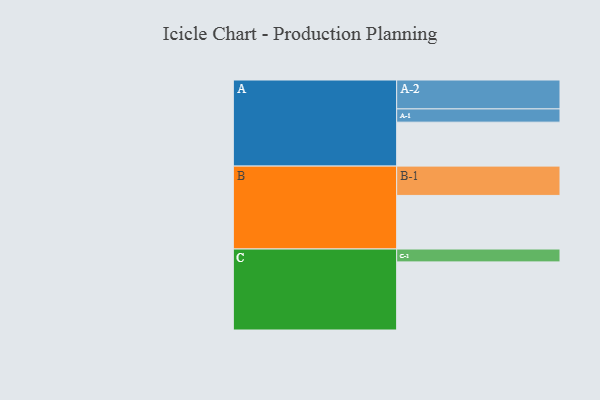
{"axis": {"x": "Segment", "y": "Value"}, "legend": ["", "A", "B", "C"], "data": [{"x": "A", "y": 342, "type": ""}, {"x": "B", "y": 417, "type": ""}, {"x": "C", "y": 530, "type": ""}, {"x": "A-1", "y": 103, "type": "A"}, {"x": "A-2", "y": 225, "type": "A"}, {"x": "B-1", "y": 228, "type": "B"}, {"x": "C-1", "y": 100, "type": "C"}]}